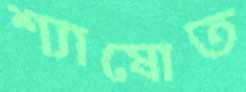
শ্যাষোত